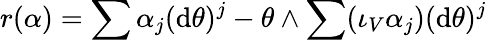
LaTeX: r(\alpha)=\sum\alpha_{j}(\mathrm{d}\theta)^{j}-\theta\wedge\sum(\iota_{V}\alpha_{j})(\mathrm{d}\theta)^{j}